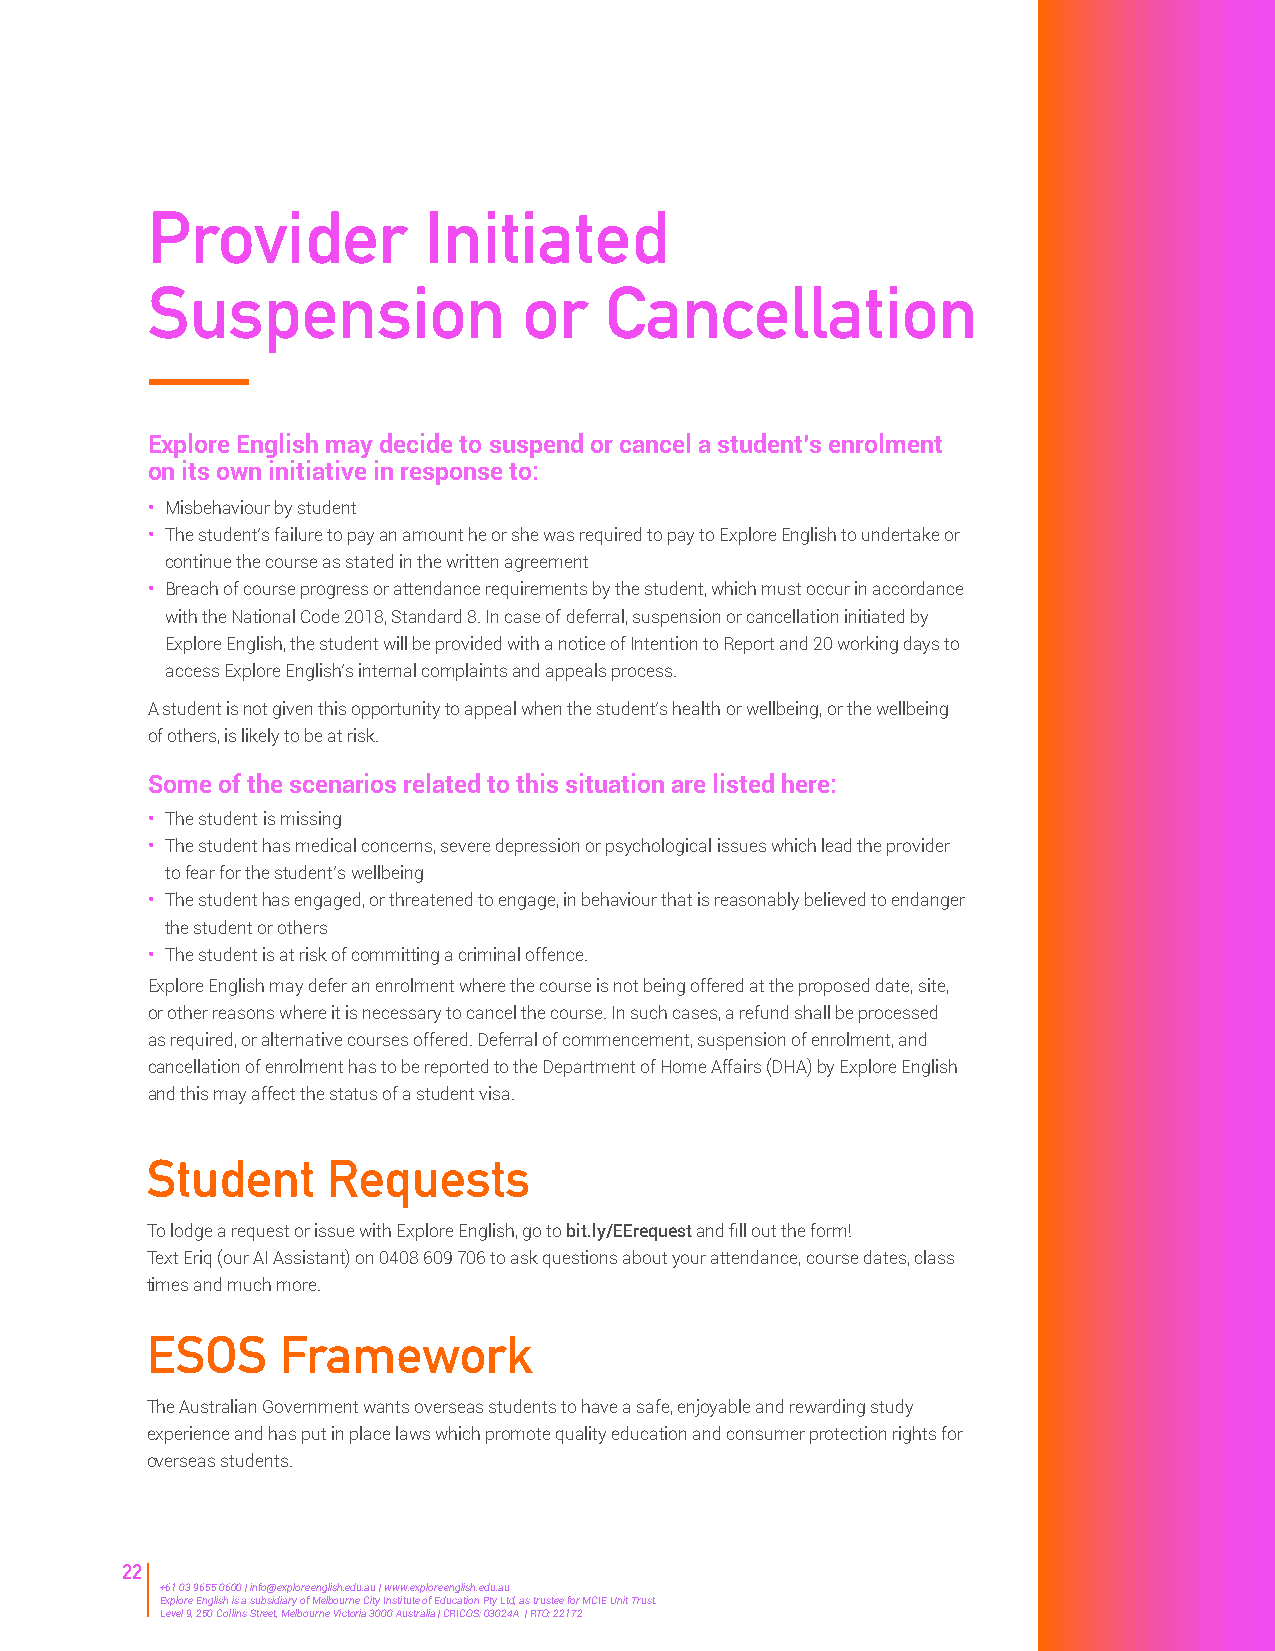
Provider          Initiated
 Suspension               or   Cancellation
 Explore English may decide to suspend or cancel a student’s enrolment
 on its own initiative in response to:
 • Misbehaviour by student
 • The student’s failure to pay an amount he or she was required to pay to Explore English to undertake or
 continue the course as stated in the written agreement
 • Breach of course progress or attendance requirements by the student, which must occur in accordance
 with the National Code 2018, Standard 8. In case of deferral, suspension or cancellation initiated by
 Explore English, the student will be provided with a notice of Intention to Report and 20 working days to
 access Explore English’s internal complaints and appeals process.
 A student is not given this opportunity to appeal when the student’s health or wellbeing, or the wellbeing
 of others, is likely to be at risk.
 Some of the scenarios related to this situation are listed here:
 • The student is missing
 • The student has medical concerns, severe depression or psychological issues which lead the provider
 to fear for the student’s wellbeing
 • The student has engaged, or threatened to engage, in behaviour that is reasonably believed to endanger
 the student or others
 • The student is at risk of committing a criminal offence.
 Explore English may defer an enrolment where the course is not being offered at the proposed date, site,
 or other reasons where it is necessary to cancel the course. In such cases, a refund shall be processed
 as required, or alternative courses offered. Deferral of commencement, suspension of enrolment, and
 cancellation of enrolment has to be reported to the Department of Home Affairs (DHA) by Explore English
 and this may affect the status of a student visa.
 Student     Requests
 To lodge a request or issue with Explore English, go to bit.ly/EErequest and fill out the form!
 Text Eriq (our AI Assistant) on 0408 609 706 to ask questions about your attendance, course dates, class
 times and much more.
 ESOS     Framework
 The Australian Government wants overseas students to have a safe, enjoyable and rewarding study
 experience and has put in place laws which promote quality education and consumer protection rights for
 overseas students.
 22
 +61 03 9655 0600 | info@exploreenglish.edu.au | www.exploreenglish.edu.au
 Explore English is a subsidiary of Melbourne City Institute of Education Pty Ltd, as trustee for MCIE Unit Trust.
 Level 9, 250 Collins Street, Melbourne Victoria 3000 Australia | CRICOS: 03024A | RTO: 22172